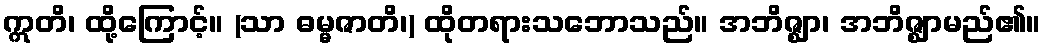
ဣတိ၊ ထို့ကြောင့်။ (သာ ဓမ္မဇာတိ၊) ထိုတရားသဘောသည်။ အဘိဇ္ဈာ၊ အဘိဇ္ဈာမည်၏။